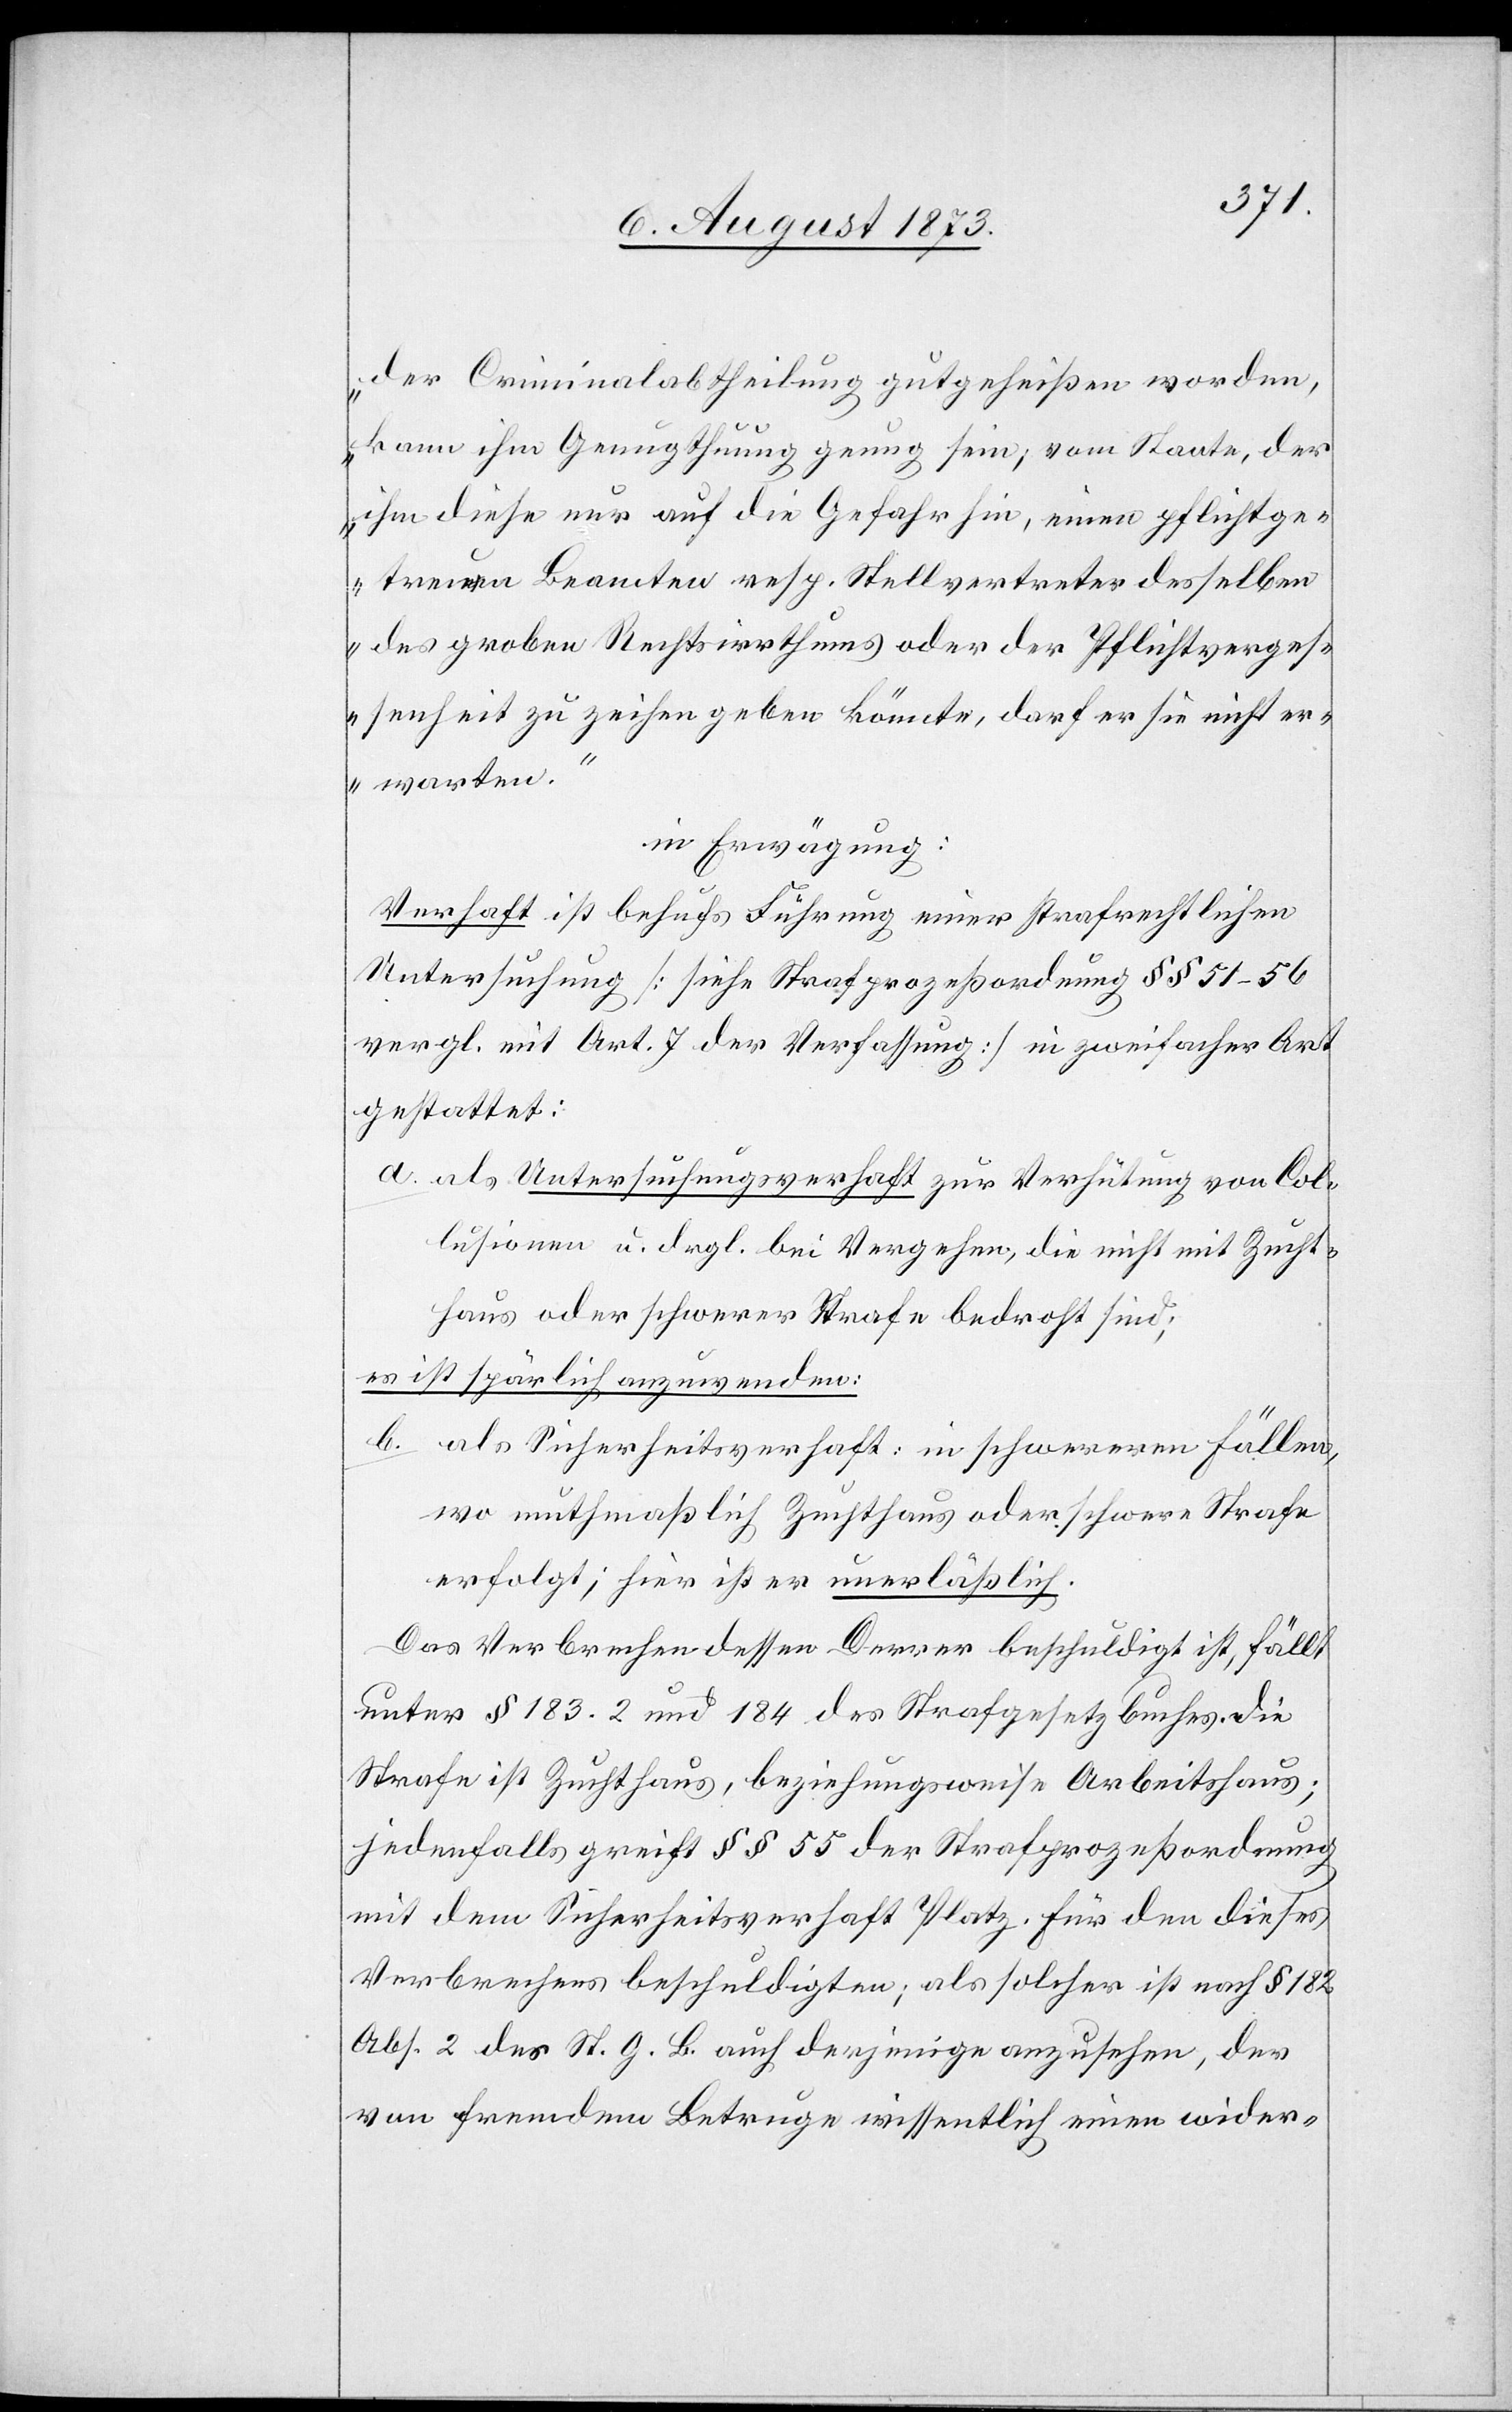
der Criminalabtheilung gutgeheißen worden,
kann ihm Genugthuung genug sein; vom Staate, der
ihm diese nur auf die Gefahr hin, einen pflichtge¬
treuen Beamten resp. Stellvertreter desselben
des groben Rechtsirrthums oder der Pflichtverges¬
senheit zu zeihen geben könnte, darf er sie nicht er¬
warten.“
in Erwägung:
Verhaft ist behufs Führung einer strafrechtlichen
Untersuchung [siehe Strafprozeßordnung §§ 51–56
vergl. mit Art. 7 der Verfassung] in zweifacher Art
gestattet:
a. als Untersuchungsverhaft zur Verhütung von Col¬
lisionen u. dergl. bei Vergehen, die nicht mit Zucht¬
haus oder schwerer Strafe bedroht sind;
es ist spärlich anzuwenden:
b. als Sicherheitsverhaft: in schwereren Fällen,
wo muthmaßlich Zuchthaus oder schwere Strafe
erfolgt; hier ist er unerläßlich.
Das Verbrechen dessen Derrer beschuldigt ist, fällt
unter § 183.2 und 184 des Strafgesetzbuches. Die
Strafe ist Zuchthaus, beziehungsweise Arbeitshaus;
jedenfalls greift §§ 55 der Strafprozeßordnung
mit dem Sicherheitsverhaft Platz. Für den dieses
Verbrechen beschuldigten; als solcher ist nach § 182
Abs. 2 des St. G. B. auch derjenige anzusehen, der
von fremdem Betruge wissentlich einen wider-